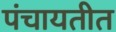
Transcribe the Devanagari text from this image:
पंचायतीत